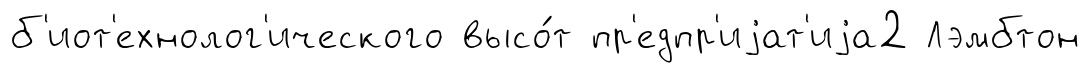
б'иот'ехнолог'ического высо́т пр'едпр'иjат'иjа2 Лэмбтон